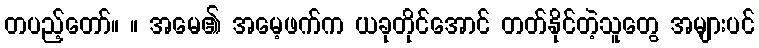
တပည့်တော်။ ။ အမေ၏ အမေ့ဖက်က ယခုတိုင်အောင် တတ်နိုင်တဲ့သူတွေ အများပင်